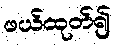
ဖယ်ထုတ်၍